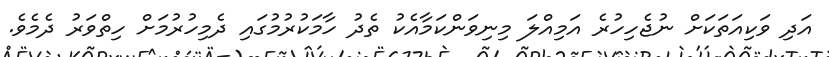
އަދި ވަކިއަތަކަށް ނުޖެހިހުރެ އަމިއްލަ މިނިވަންކަމާއެކު ތެދު ހާމަކުރުމުގައި ދެމިހުރުމަށް ހިތްވަރު ދެމެވެ.